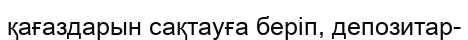
қағаздарын сақтауға беріп, депозитар-